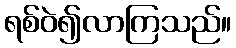
ရစ်ဝဲ၍လာကြသည်။